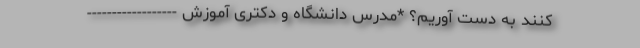
کنند به دست آوریم؟ *مدرس دانشگاه و دکتری آموزش ------------------